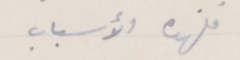
فلهذه الأسباب